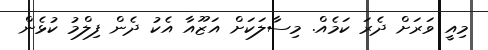
މިއީ ވަރަށް ދެރަ ކަމެއް. މިސާލަކަށް އަޒޫއާ އެކު ދެން ފިލްމު ކުޅެން